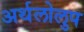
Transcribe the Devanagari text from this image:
अर्थलोलुप